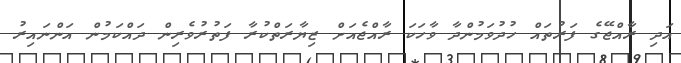
އަދި ރާއްޖޭގެ ފަރުތައް ހުދުވަމުންދާ ވާހަކަ ރާއްޖެއަށް ޒިޔާރަތްކުރާ ފަތުރުވެރިން ދައްކަމުން އަންނައިރު